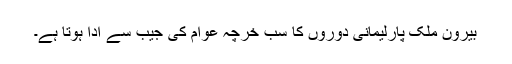
بیرون ملک پارلیمانی دوروں کا سب خرچہ عوام کی جیب سے ادا ہوتا ہے۔